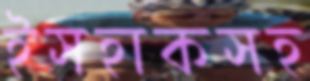
ইসহাকসহ